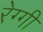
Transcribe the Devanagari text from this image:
रेग्गी